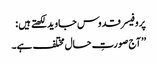
پروفیسر قدوس جاوید لکھتے ہیں :
’’آج صورتِ حال مختلف ہے۔